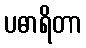
ပဓာရိတာ